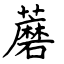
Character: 蘑